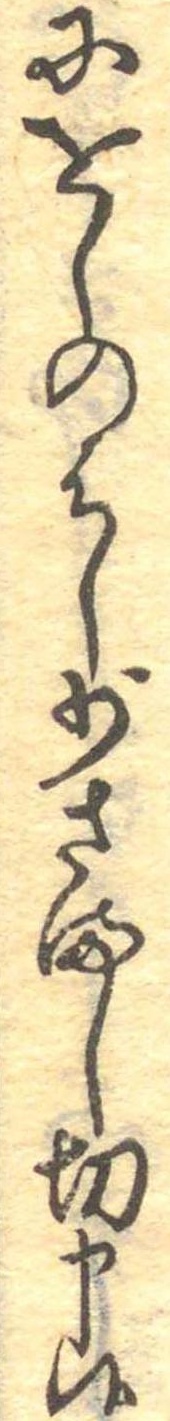
にをしのはし少さまし切申候